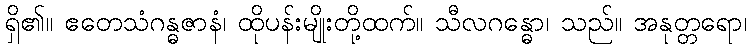
ရှိ၏။ ဧတေသံဂန္ဓဇာနံ၊ ထိုပန်းမျိုးတို့ထက်။ သီလဂန္ဓော၊ သည်။ အနုတ္တရော၊